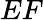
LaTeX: EF